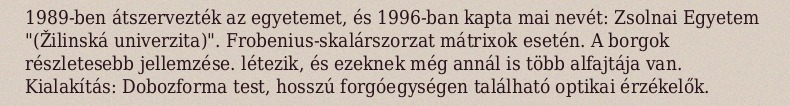
1989-ben átszervezték az egyetemet, és 1996-ban kapta mai nevét: Zsolnai Egyetem "(Žilinská univerzita)". Frobenius-skalárszorzat mátrixok esetén. A borgok részletesebb jellemzése. létezik, és ezeknek még annál is több alfajtája van. Kialakítás: Dobozforma test, hosszú forgóegységen található optikai érzékelők.